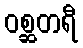
ဝစ္ဆတရီ